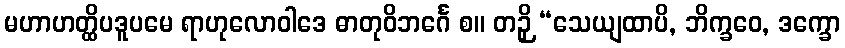
မဟာဟတ္ထိပဒူပမေ ရာဟုလောဝါဒေ ဓာတုဝိဘင်္ဂေ စ။ တဉှိ “သေယျထာပိ, ဘိက္ခဝေ, ဒက္ခော